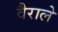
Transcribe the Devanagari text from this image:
वैराले